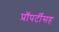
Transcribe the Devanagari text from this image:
प्रॉपर्टीसह